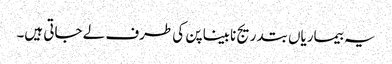
یہ بیماریاں بتدریج نابینا پن کی طرف لے جاتی ہیں۔